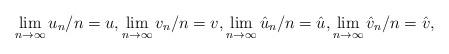
LaTeX: \begin{align*}\lim_{n\to\infty} u_n/n = u, \lim_{n\to\infty} v_n/n = v, \lim_{n\to\infty} \hat{u}_n/n = \hat{u}, \lim_{n\to\infty}\hat{v}_n/n = \hat{v}, \end{align*}